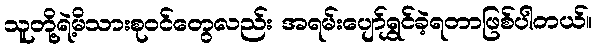
သူတို့ရဲ့မိသားစုဝင်တွေလည်း အရမ်းပျော်ရွှင်ခဲ့ရတာဖြစ်ပါတယ်။